Newspaper: Bismarck weekly tribune. [volume]
Place of publication: Bismarck, Dakota [N.D.]
Publisher: M.H. Jewell
Date: 1895-08-09 00:00:00
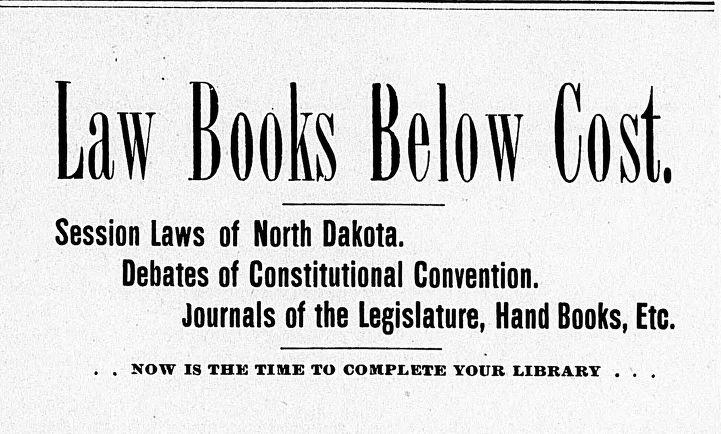
Advertisement text (OCR):
Law Books Below Cost, Session Laws of North Dakota. Debates of Constitutional Convention. Journals of the Legislature, Hand Books, Etc. NOW IS THK TIME TO COMPLETE YOUR LIBRARY
Label: text-only